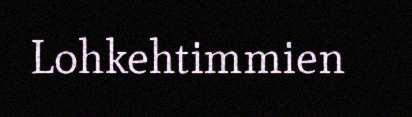
Lohkehtimmien